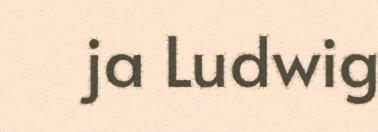
ja Ludwig